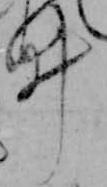
ゐ